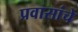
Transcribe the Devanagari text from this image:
प्रवासांचे